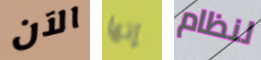
الآن إنها لنظام